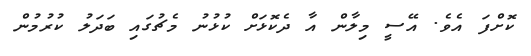
ކޮށްފަ އެވެ. އޭސީ މިލާން އާ ދެކޮޅަށް ކުޅުނު މެޗުގައި ބަދަލު ކުރުމުން